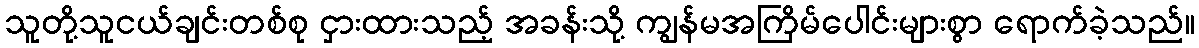
သူတို့သူငယ်ချင်းတစ်စု ငှားထားသည့် အခန်းသို့ ကျွန်မအကြိမ်ပေါင်းများစွာ ရောက်ခဲ့သည်။